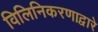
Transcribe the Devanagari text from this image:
विलिनिकरणाद्वारे